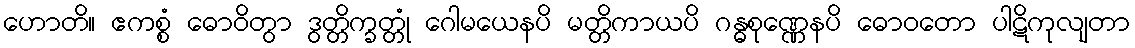
ဟောတိ။ ဧကစ္စံ ဓောဝိတွာ ဒွတ္တိက္ခတ္တုံ ဂေါမယေနပိ မတ္တိကာယပိ ဂန္ဓစုဏ္ဏေနပိ ဓောဝတော ပါဋိကုလျတာ